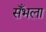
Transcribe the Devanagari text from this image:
सँभला